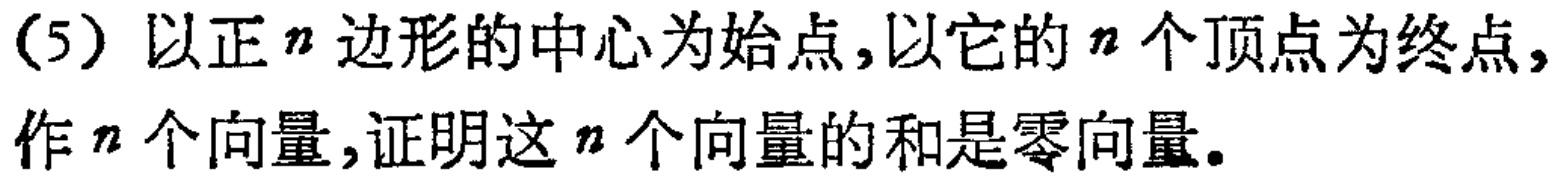
(5) 以正\(n\)边形的中心为始点,以它的\(n\)个顶点为终点,作\(n\)个向量,证明这\(n\)个向量的和是零向量.